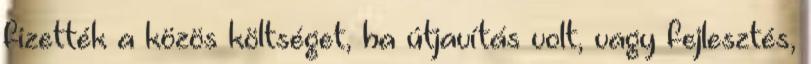
fizették a közös költséget, ha útjavítás volt, vagy fejlesztés,